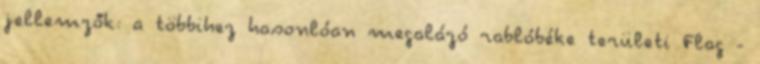
jellemzők: a többihez hasonlóan megalázó rablóbéke területi Flag -